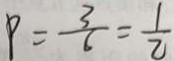
\rho = \frac { 3 } { 6 } = \frac { 1 } { 2 }